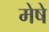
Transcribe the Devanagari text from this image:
मेषे